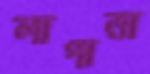
লাপাত্তা